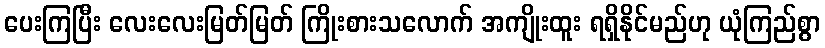
ပေးကြပြီး လေးလေးမြတ်မြတ် ကြိုးစားသလောက် အကျိုးထူး ရရှိနိုင်မည်ဟု ယုံကြည်စွာ